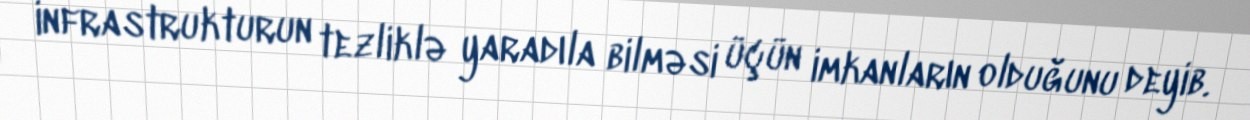
infrastrukturun tezliklə yaradıla bilməsi üçün imkanların olduğunu deyib.